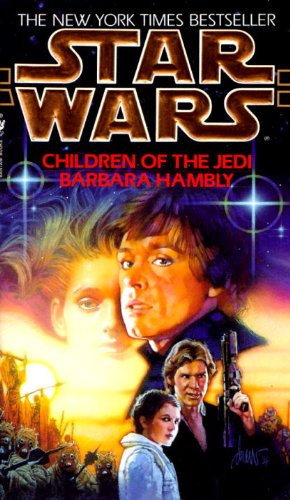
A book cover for Children of the Jedi (Star Wars); Barbara Hambly; Science Fiction & Fantasy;